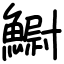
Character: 䲁